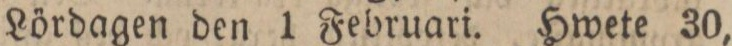
Lördagen den 1 Februari. Hwete 30,